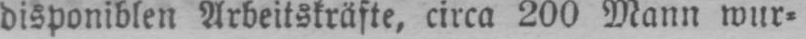
disponiblen Arbeitskräfte, circa 200 Mann wur⸗